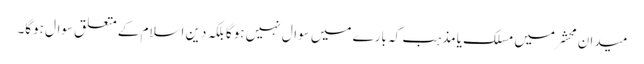
میدانِ محشر میں مسلک یامذہب کہ بارے میں سوال نہیں ہوگا بلکہ دینِ اسلام کے متعلق سوال ہوگا۔